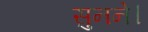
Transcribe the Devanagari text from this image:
सुनने।